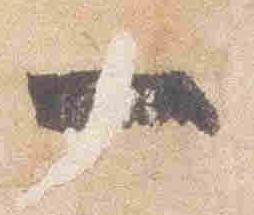
一